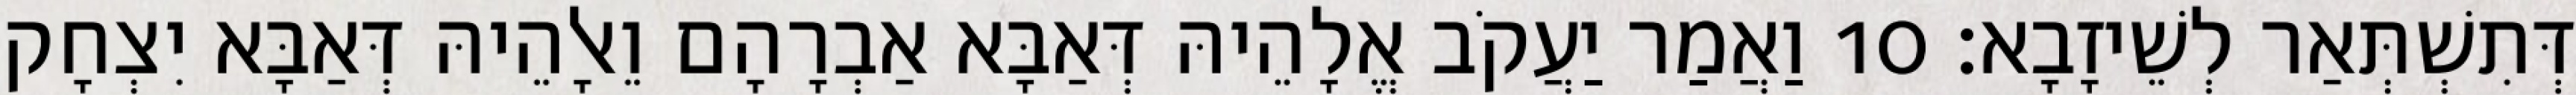
דְּתִשְׁתְּאַר לְשֵׁיזָבָא׃ 10 וַאֲמַר יַעֲקֹב אֱלָהֵיהּ דְּאַבָּא אַבְרָהָם וֵאלָהֵיהּ דְּאַבָּא יִצְחָק